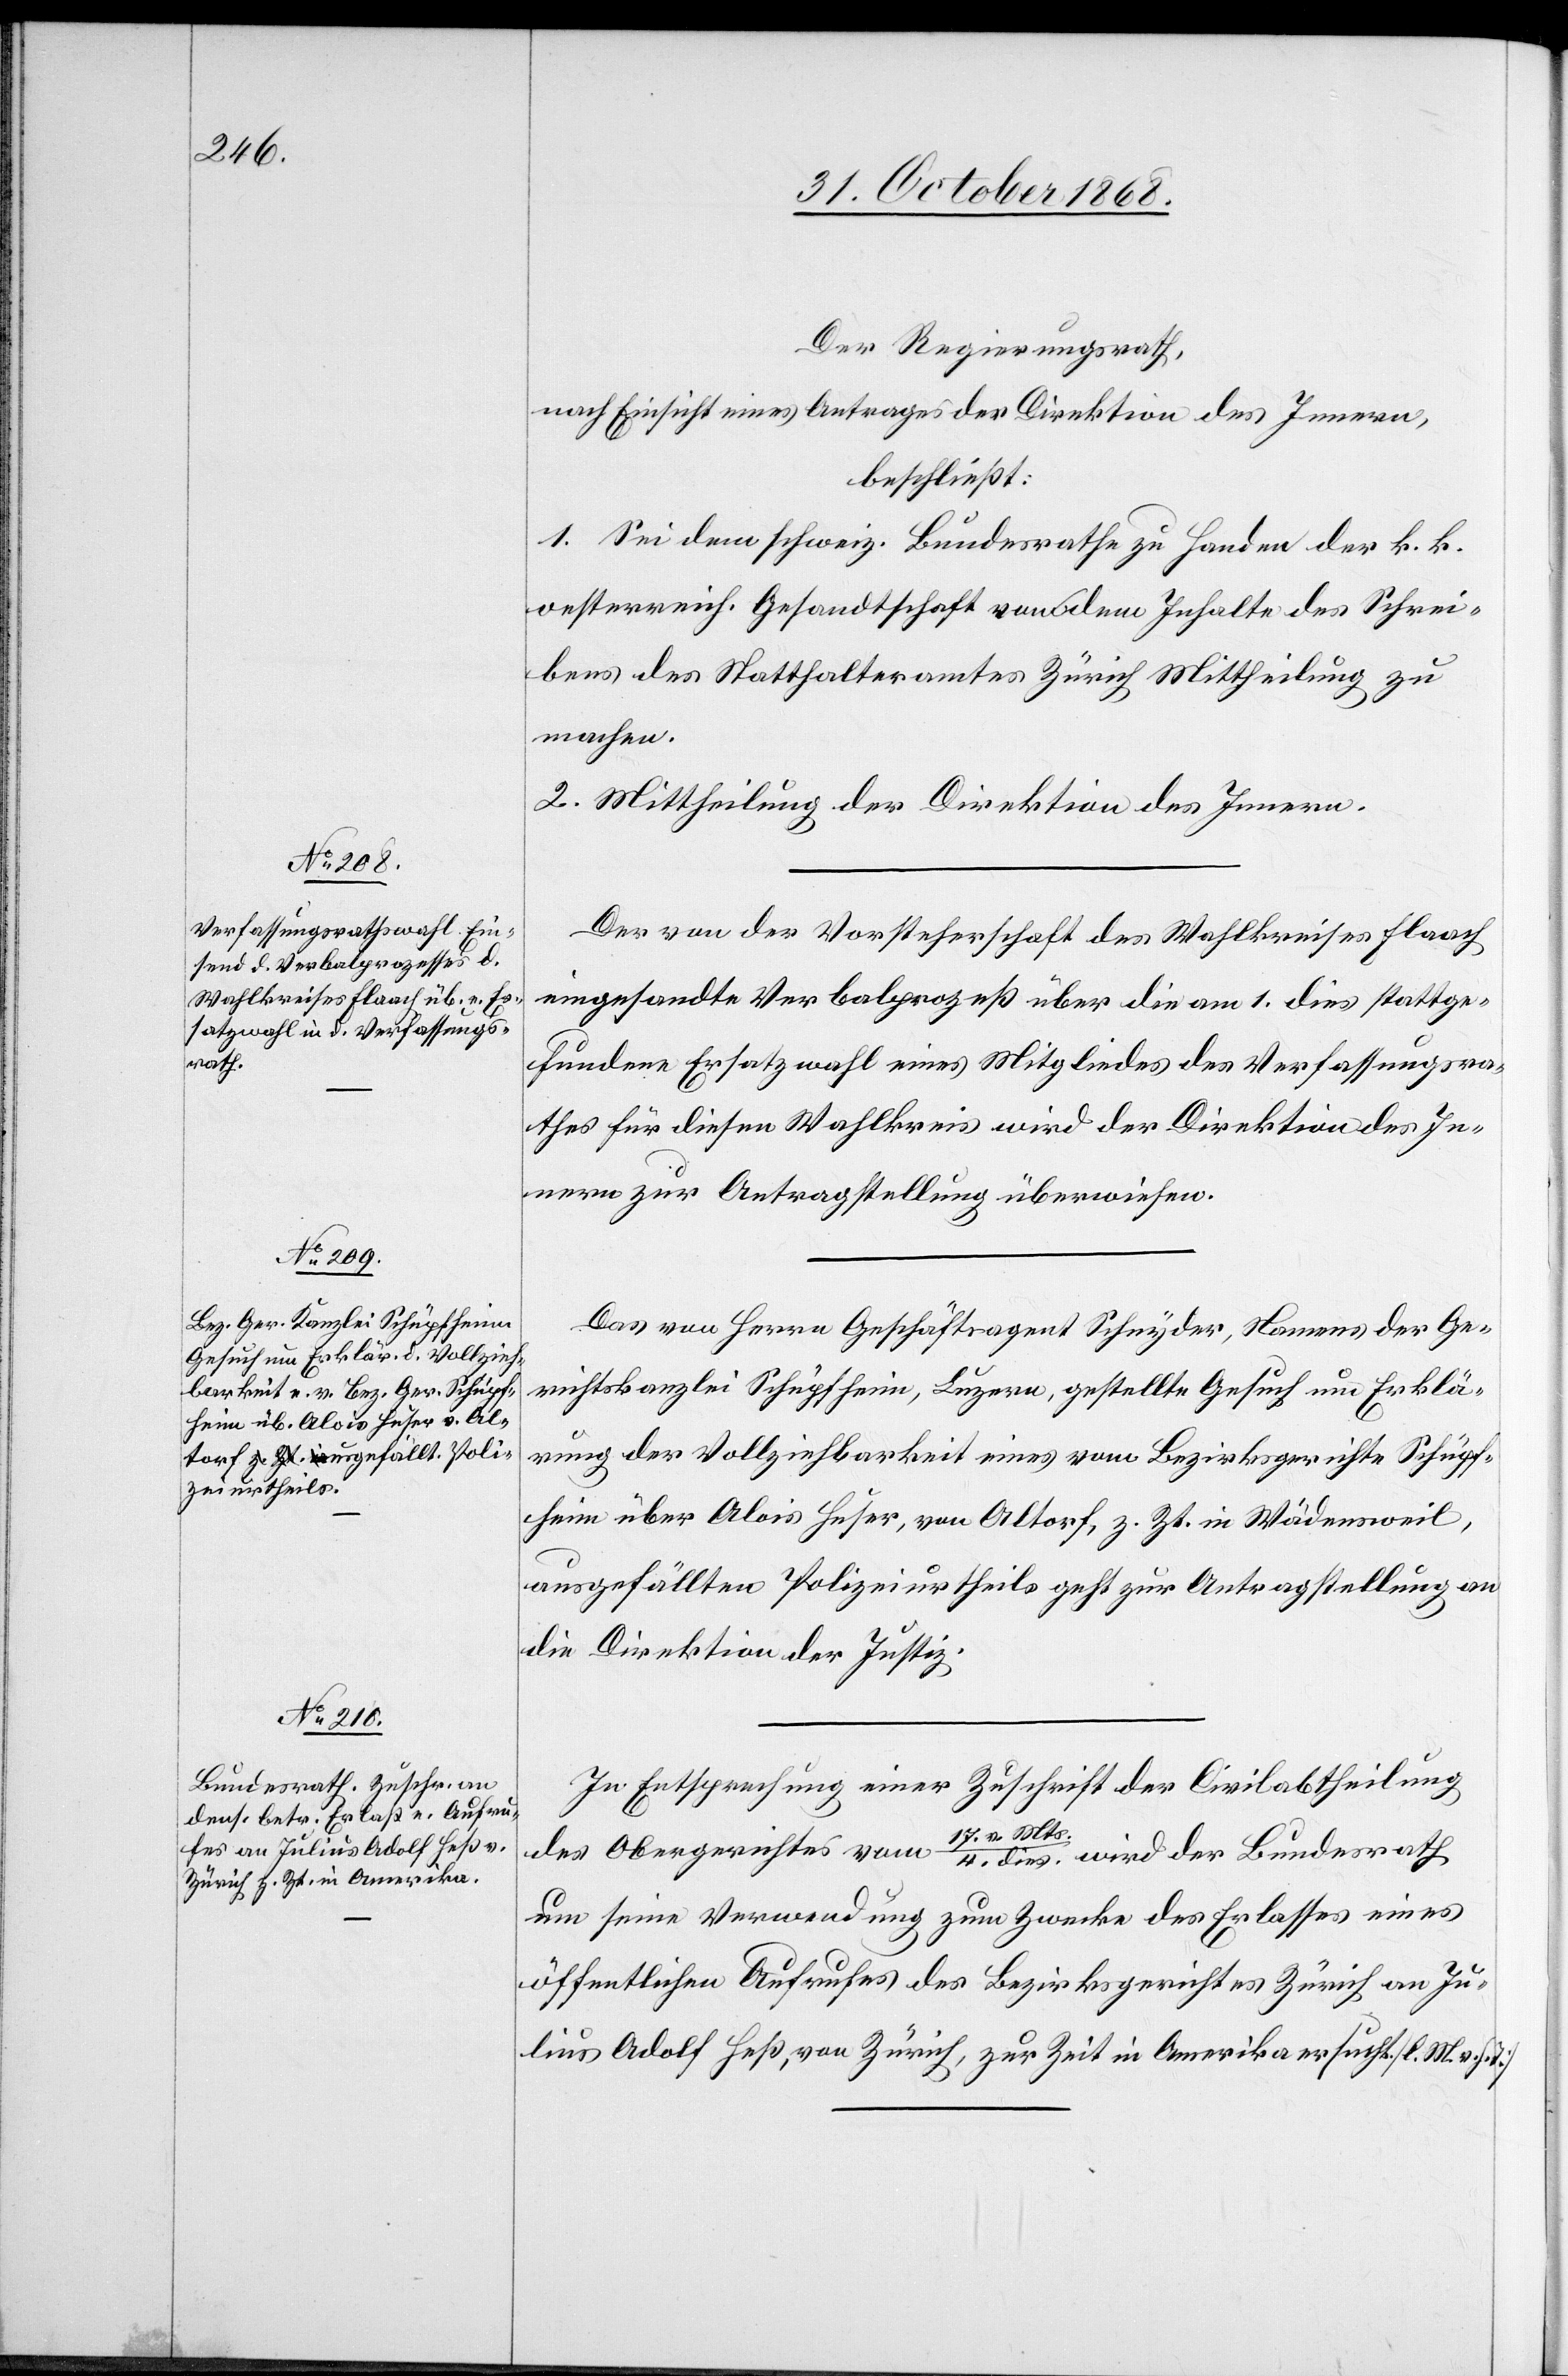
Der Regierungsrath,
nach Einsicht eines Antrages der Direktion des Innern,
beschließt:
1. Sei dem schweiz. Bundesrathe zu Handen der k. k.
oesterreich. Gesandtschaft von dem Inhalte des Schrei¬
bens des Statthalteramtes Zürich Mittheilung zu
machen.
2. Mittheilung der Direktion des Innern.
Der von der Vorsteherschaft des Wahlkreises Flaach
eingesandte Verbalprozeß über die am 1. dies stattge¬
fundene Ersatzwahl eines Mitgliedes des Verfassungsra¬
thes für diesen Wahlkreis wird der Direktion des In¬
nern zur Antragstellung überwiesen.
Das von Herrn Geschäftsagent Schnyder, Namens der Ge¬
richtskanzlei Schüpfheim, Luzern, gestellte Gesuch um Erklä¬
rung der Vollziehbarkeit eines vom Bezirksgerichte Schüpf¬
heim über Alois Huser, von Altorf, z. Zt. in Wädensweil,
ausgefällten Polizeiurtheils geht zur Antragstellung an
die Direktion der Justiz.
In Entsprechung einer Zuschrift der Civilabtheilung
4.
des Obergerichtes vom 17. v. Mts. / 4. dies wird der Bundesrath
um seine Verwendung zum Zwecke des Erlasses eines
öffentlichen Aufrufes des Bezirksgerichtes Zürich an Ju¬
lius Adolf Heß, von Zürich, zur Zeit in Amerika ersucht. [l. M. v.